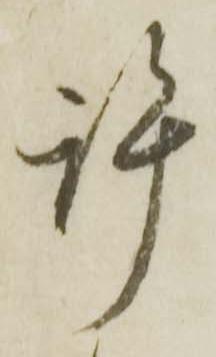
許